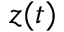
z ( t )